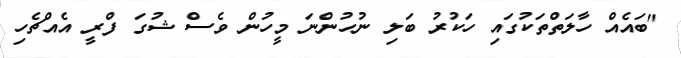
"ބައެއް ހާލަތްތަކުގައި ހަކުރު ބަލި ނުހުންނަ މީހުން ވެސް ޝުގަ ފްރީ އެއްޗެހި